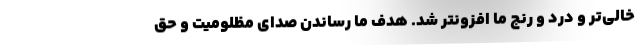
خالی‌تر و درد و رنج ما افزونتر شد. هدف ما رساندن صدای مظلومیت و حق